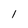
Character: 1